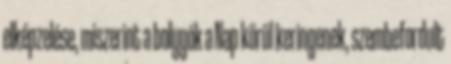
elképzelése, miszerint a bolygók a Nap körül keringenek, szembefordult